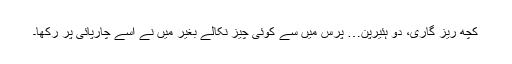
کچھ ریز گاری، دو ہئیرپن… پرس میں سے کوئی چیز نکالے بغیر میں نے اسے چارپائی پر رکھا۔